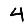
Digit: 4